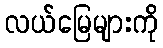
လယ်မြေများကို